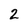
Character: 2